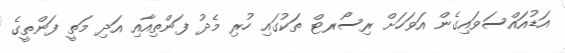
އަޑުއައްސަވައިގެން އަަވަހަށް ރިސޯރޓް ތަކުގައި ހުރި މެދު ފަންތިއާއި އަދި މަތީ ފަންތީގެ